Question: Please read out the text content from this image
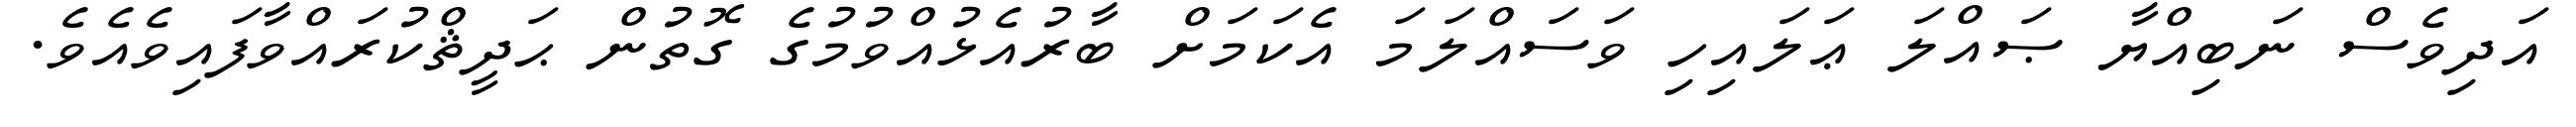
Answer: އަދިވެސް ނަބިއްޔާ ޞައްލަ ޢަލައިހި ވަސައްލަމަ އެކަމަށް ބާރުއެޅުއްވުމުގެ ގޮތުން ޙަދީޘްކުރައްވާފައިވެއެވެ.